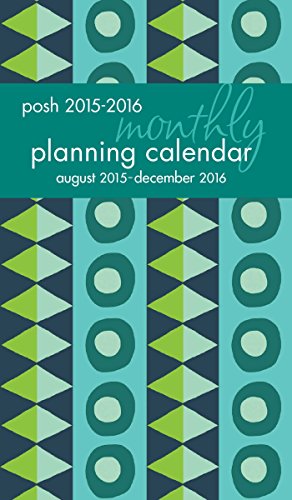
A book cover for Posh: Geo Tribe 2015-2016 Monthly Pocket Planning Calendar; Andrews McMeel Publishing LLC; Calendars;